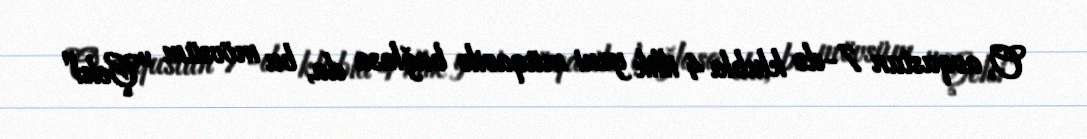
O, avqustun 7-də klubla 4 illik yeni müqavilə bağlasa da, bu mövsüm "Çelsi"